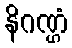
နိဂဏ္ဌံ